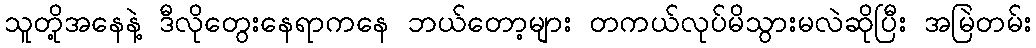
သူတို့အနေနဲ့ ဒီလိုတွေးနေရာကနေ ဘယ်တော့များ တကယ်လုပ်မိသွားမလဲဆိုပြီး အမြဲတမ်း